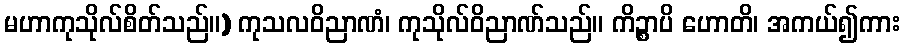
မဟာကုသိုလ်စိတ်သည်။) ကုသလဝိညာဏံ၊ ကုသိုလ်ဝိညာဏ်သည်။ ကိဉ္စာပိ ဟောတိ၊ အကယ်၍ကား